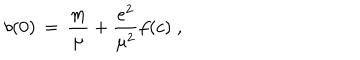
LaTeX: b ( 0 ) \, = \, \frac { m } { \mu } + \frac { e ^ { 2 } } { \mu ^ { 2 } } f ( c ) \; ,